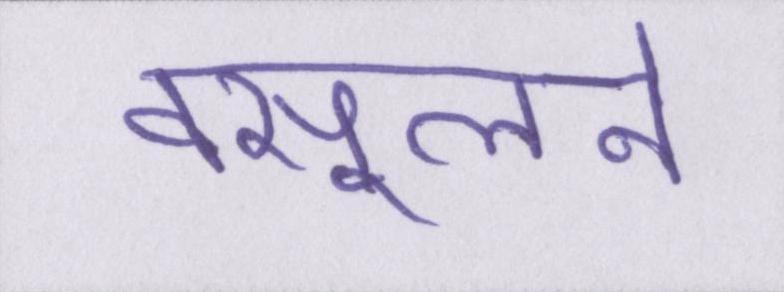
वसूलने